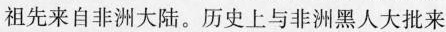
祖先来自非洲大陆。历史上与非洲黑人大批来